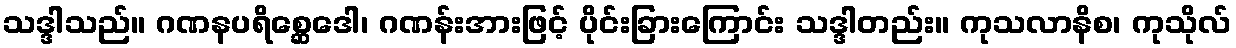
သဒ္ဒါသည်။ ဂဏနပရိစ္ဆေဒေါ၊ ဂဏန်းအားဖြင့် ပိုင်းခြားကြောင်း သဒ္ဒါတည်း။ ကုသလာနိစ၊ ကုသိုလ်